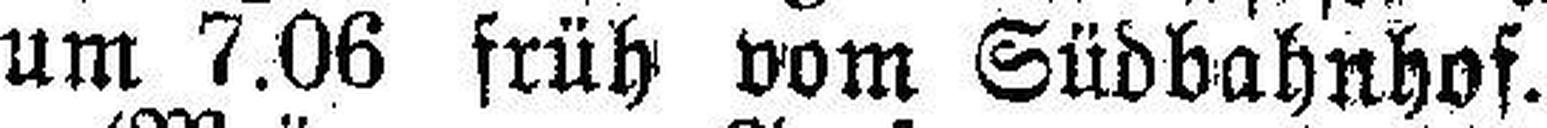
um 7.06 früh vom Südbahnhof.